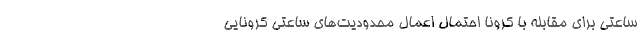
ساعتی برای مقابله با کرونا احتمال اعمال محدودیت‌های ساعتی کرونایی